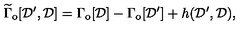
\widetilde { \Gamma } _ { \mathrm { o } } [ { \cal D } ^ { \prime } , { \cal D } ] = \Gamma _ { \mathrm { o } } [ { \cal D } ] - \Gamma _ { \mathrm { o } } [ { \cal D } ^ { \prime } ] + h ( { \cal D } ^ { \prime } , { \cal D } ) ,